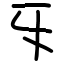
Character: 㸦